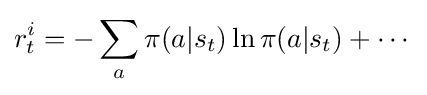
r_{t}^{i}=-\sum _{a}\pi (a|s_{t})\ln \pi (a|s_{t})+\cdots